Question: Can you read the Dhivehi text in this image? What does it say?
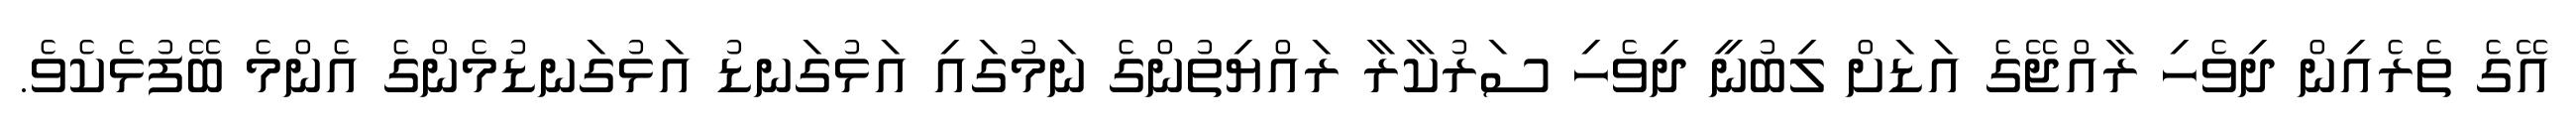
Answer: އޭގެ ތެރެއިން ދިވެހި ރާއްޖޭގެ އަޑަށް ލިބުނީ ދިވެހި ސަރުކާރާ ރައްޔިތުންގެ ނަމުގައި އަޅުގަނޑު އަޅުގަނޑުމެންގެ އެންމެ ބޭފުޅެކެވެ.